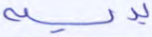
يديه